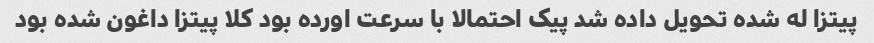
پیتزا له شده تحویل داده شد پیک احتمالا با سرعت اورده بود کلا پیتزا داغون شده بود